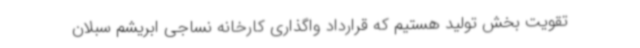
تقویت بخش تولید هستیم که قرارداد واگذاری کارخانه نساجی ابریشم سبلان